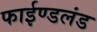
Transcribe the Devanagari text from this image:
फाईण्डलंड